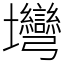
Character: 壪